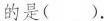
的是 （ ）。